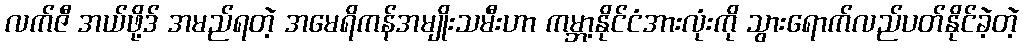
လက်ဇီ အယ်ဖို့ဒ် အမည်ရတဲ့ အမေရိကန်အမျိုးသမီးဟာ ကမ္ဘာ့နိုင်ငံအားလုံးကို သွားရောက်လည်ပတ်နိုင်ခဲ့တဲ့